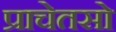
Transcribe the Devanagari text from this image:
प्राचेतसो